Report on lock hospitals in British Burma
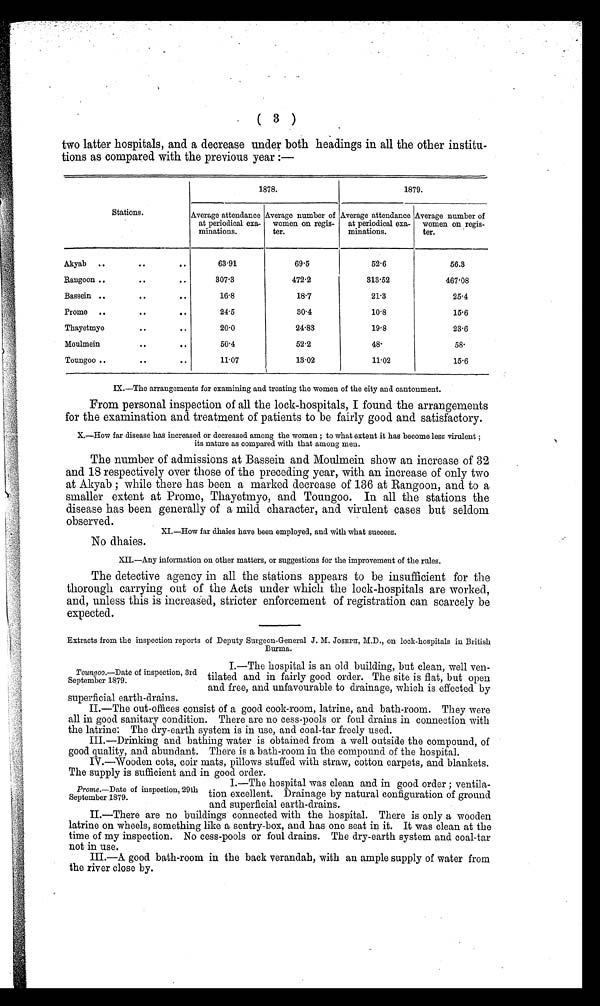
( 3 )
two latter hospitals, and a decrease under both headings in all the other institu
tions as compared with the previous year :-
Stations.
1878.
1879.
Average attendance
at periodical exa-
minations.
Average number of
women on regis-
ter.
Average attendance
at periodical exa-
minations.
Average number of
women on regis-
ter.
Akyab ..
. .
. .
63.91
69.5
52.6
56.3
Rangoon ..
. .
. .
307.3
472.2
313.52
467.08
Bassein..
. .
. .
16.8
18.7
21.3
25.4
Promo ..
. .
. .
24.5
30.4
10.8
15.6
Thayetmyo
. .
. .
20.0
24.83
19.8
23.6
Moulmein
. .
. .
50.4
52.2
48.
5 8 .
Toungoo ..
. .
. .
11.07
13.02
11.02
15.6
IX.—The arrangements for examining and treating the women of the city and cantonment.
From personal inspection of all the lock-hospitals, I found the arrangements
for the examination and treatment of patients to be fairly good and satisfactory.
X.—How far disease has increased or decreased among the women ; to what extent it has become less virulent ;
its nature as compared with that among men.
The number of admissions at Bassein and Moulmein show an increase of 32
and 18 respectively over those of the preceding year, with an increase of only two
at Akyab ; while there has been a marked decrease of 136 at Rangoon, and to a
smaller extent at Prome, Thayetmyo, and Toungoo. In all the stations the
disease has been generally of a mild character, and virulent cases but seldom
observed.
XI.—How far dhaies have been employed, and with what success.
No dhaies.
XII.—Any information on other matters, or suggestions for the improvement of the rules.
The detective agency in all the stations appears to be insufficient for the
thorough carrying out of the Acts under which the lock-hospitals are worked,
and, unless this is increased, stricter enforcement of registration can scarcely be
expected.
Extracts from the inspection reports of Deputy Surgeon-General J . M. JOSEPH, M.D., on lock-hospitals in British
Burma.
I.—The hospital is an old. building, but clean, well ven
tilated and in fairly good order. The site is flat, but open
and free, and unfavourable to drainage, which is effected by
superficial earth-drains.
II.—The out-offices consist of a good cook-room, latrine, and bath-room. They were
all in good sanitary condition. There are no cess-pools or foul drains in connection with
the latrine: The dry-earth system is in use, and coal-tar freely used.
III.—Drinking and bathing water is obtained from a well outside the compound, of
good quality, and abundant. There is a bath-room in the compound of the hospital.
IV.—Wooden cots, coir mats, pillows stuffed with straw, cotton carpets, and blankets.
The supply is sufficient and in good order.
I.—The hospital was clean and in good order ; ventila
tion excellent. Drainage by natural configuration of ground
and superficial earth-drains.
II.—There are no buildings connected with the hospital. There is only a wooden
latrine on wheels, something like a sentry-box, and has one seat in it. It was clean at the
time of my inspection. No cess-pools or foul drains. The dry-earth system and coal-tar
not in use.
III.—A good bath-room in the back verandah, with an ample supply of water from
the river close by.
Toungoo.—Date of inspection, 3rd
September 1879.
Prome.—Date of inspection, 29th
September 1879.